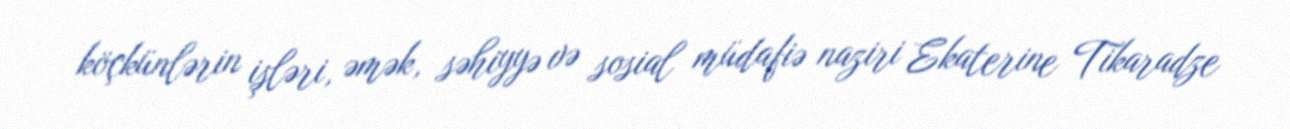
köçkünlərin işləri, əmək, səhiyyə və sosial müdafiə naziri Ekaterine Tikaradze